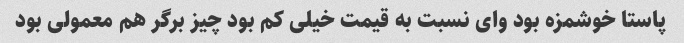
پاستا خوشمزه بود وای نسبت به قیمت خیلی کم بود چیز برگر هم معمولی بود